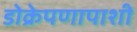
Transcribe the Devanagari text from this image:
डोक्रेपणापाशी